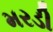
મરડી